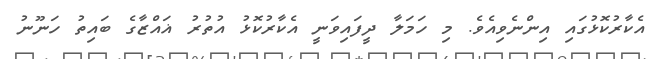
އެކާރުކޮޅުގައި އިންނެވިއެވެ. މި ހަމަލާ ދީފައިވަނީ އެކާރުކޮޅު އުތުރު ޣައްޒާގެ ބައިތު ހަނޫނު